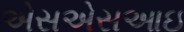
એસએસઆઇ